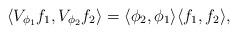
LaTeX: \begin{align*}\langle V_{\phi_1}f_1 , V_{\phi_2}f_2 \rangle = \langle \phi_2,\phi _1\rangle \langle f_1,f_2 \rangle,\end{align*}